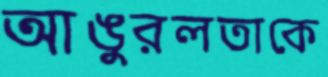
আঙুরলতাকে